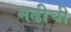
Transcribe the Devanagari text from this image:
मढीची